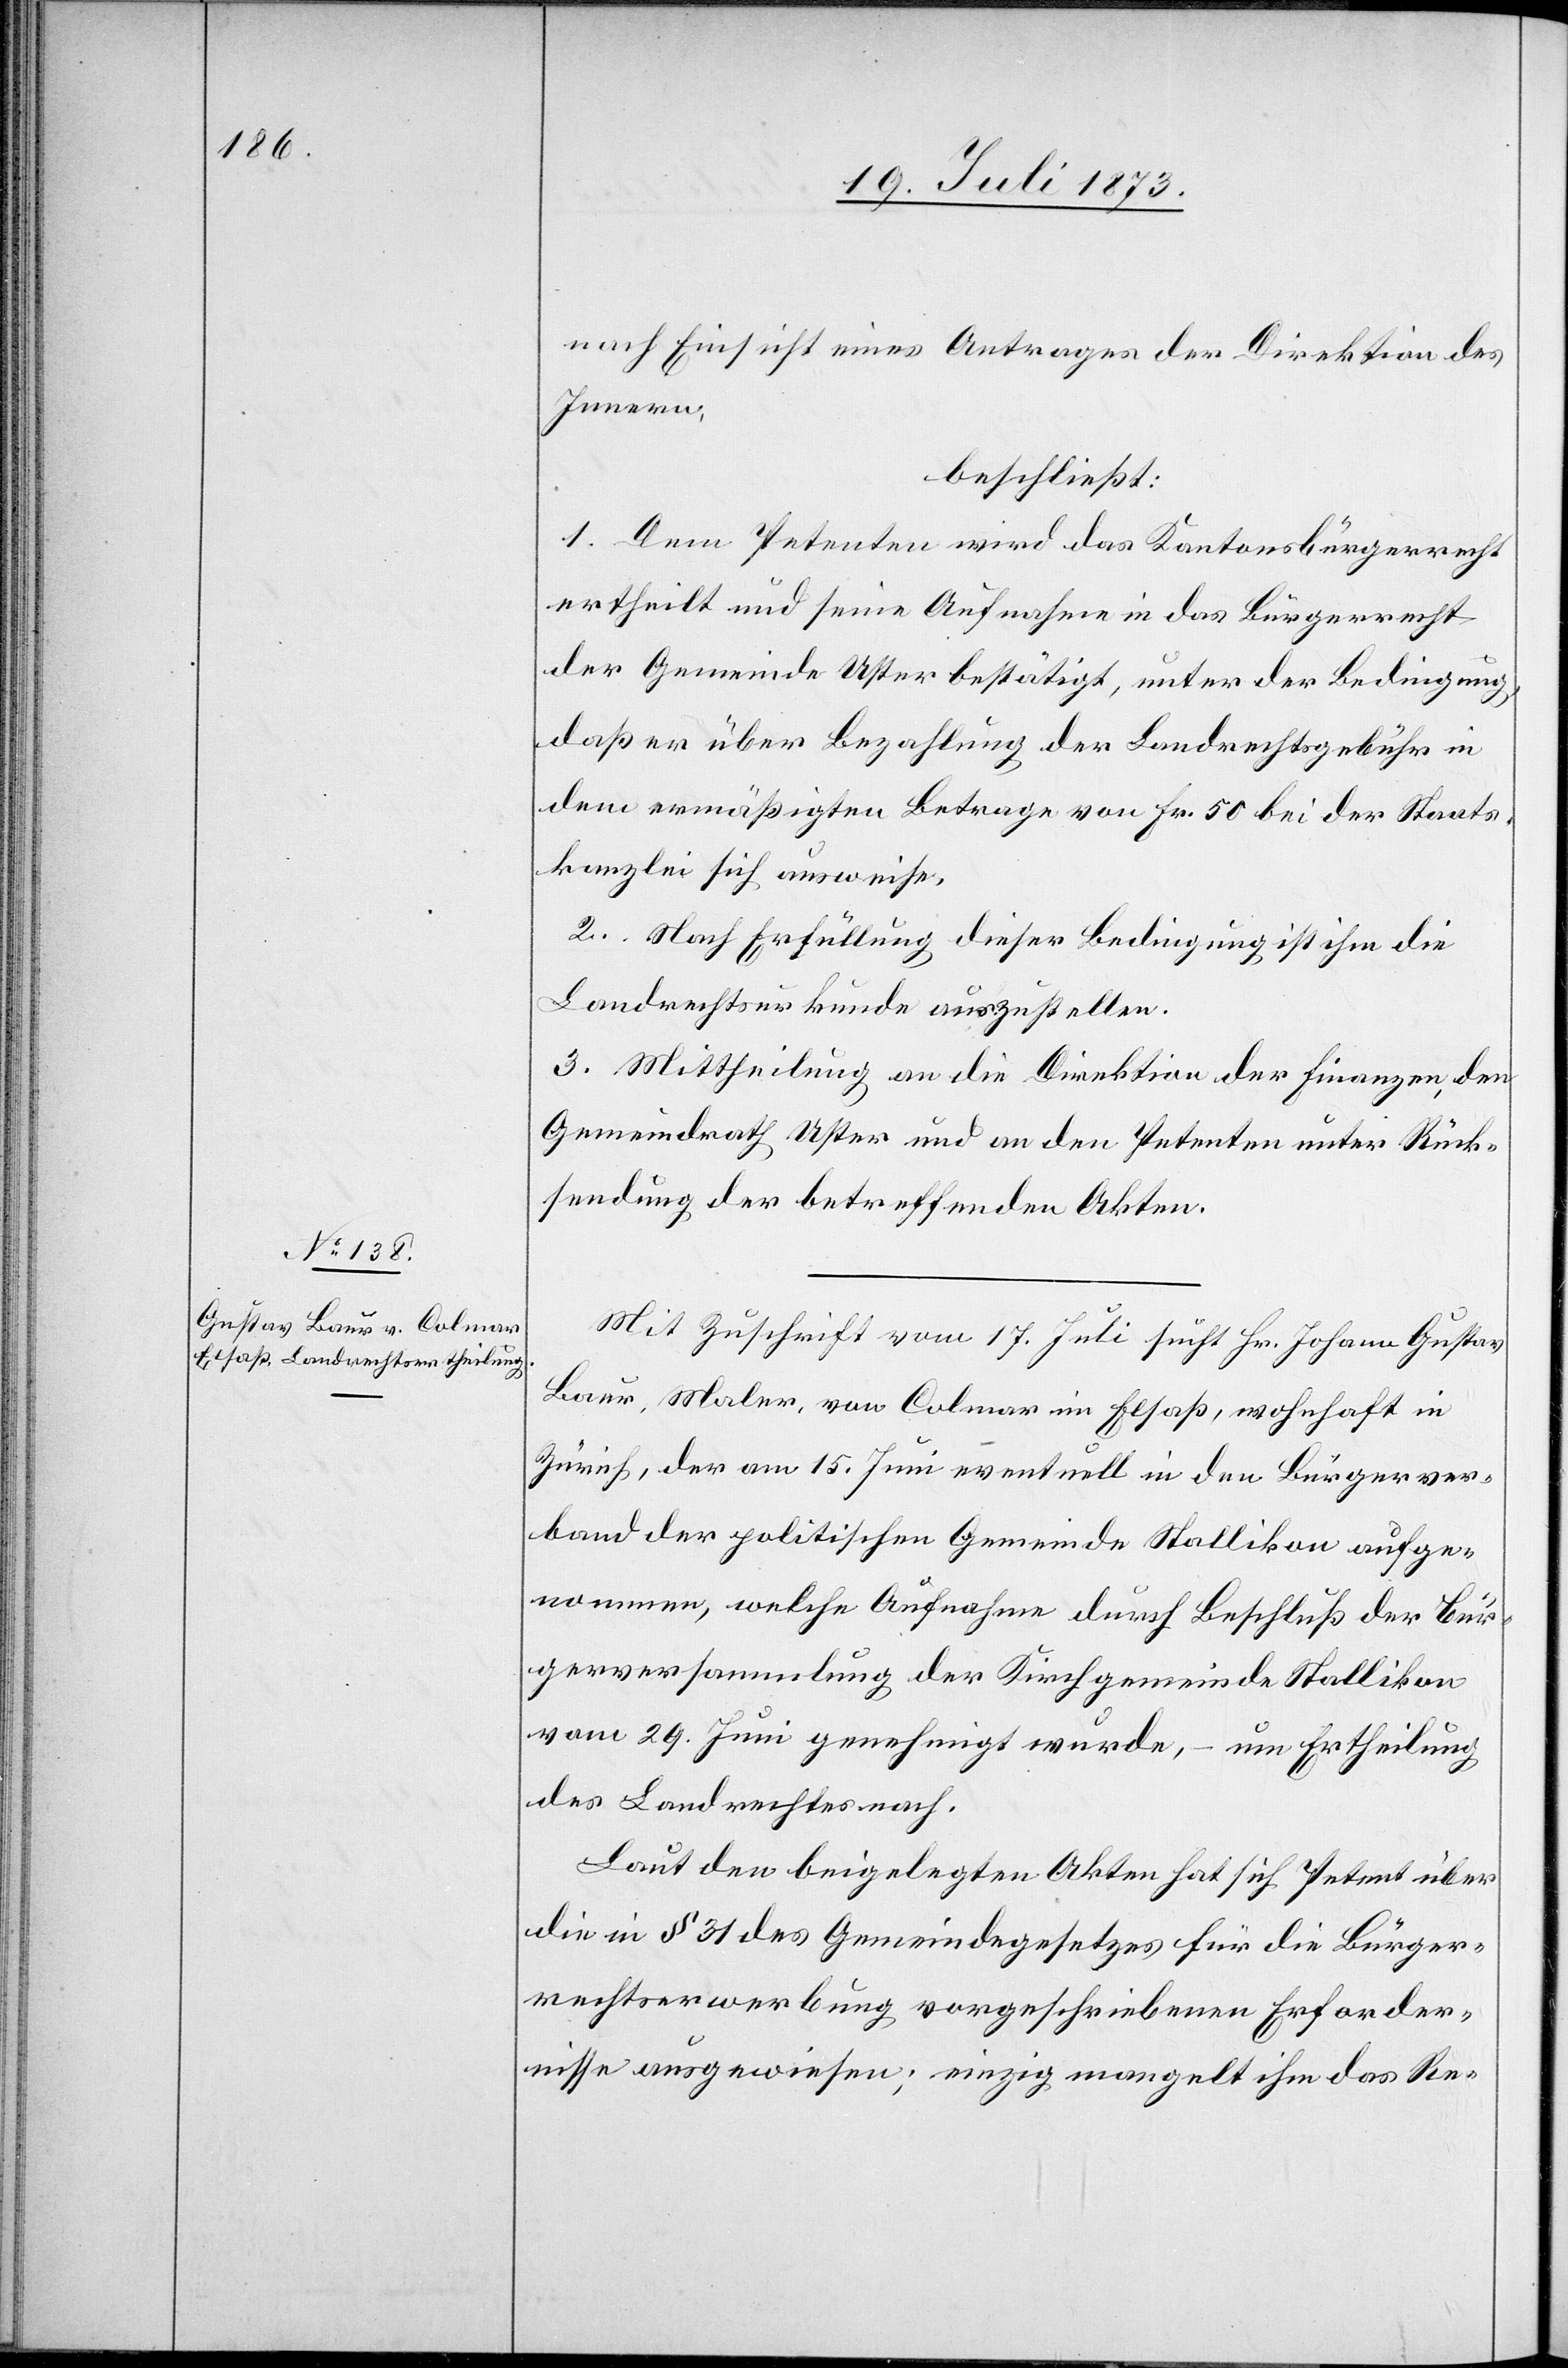
nach Einsicht eines Antrages der Direktion des
Innern,
beschließt:
1. Dem Petenten wird das Kantonsbürgerrecht
ertheilt und seine Aufnahme in das Bürgerrecht
der Gemeinde Uster bestätigt, unter der Bedingung,
daß er über Bezahlung der Landrechtsgebühr in
dem ermäßigten Betrage von Fr. 50 bei der Staats¬
kanzlei sich ausweise.
2. Nach Erfüllung dieser Bedingung ist ihm die
Landrechtsurkunde auszustellen.
3. Mittheilung an die Direktion der Finanzen, den
Gemeindrath Uster und an den Petenten unter Rück¬
sendung der betreffenden Akten.
Mit Zuschrift vom 17. Juli sucht Hr. Johann Gustav
Baur, Maler, von Colmar im Elsaß, wohnhaft in
Zürich, der am 15. Juni eventuell in den Bürgerver¬
band der politischen Gemeinde Stallikon aufge¬
nommen, welche Aufnahme durch Beschluß der Bür¬
gerversammlung der Kirchgemeinde Stallikon
vom 29. Juni genehmigt wurde, – um Ertheilung
des Landrechtes nach.
Laut den beigelegten Akten hat sich Petent über
die in § 31 des Gemeindegesetzes für die Bürger¬
rechtserwerbung vorgeschriebenen Erforder¬
nisse ausgewiesen; einzig mangelt ihm das Re-